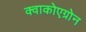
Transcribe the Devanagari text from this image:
क्वाकोएग्रोन